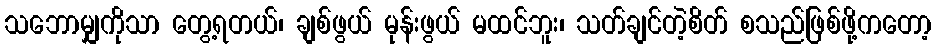
သဘောမျှကိုသာ တွေ့ရတယ်၊ ချစ်ဖွယ် မုန်းဖွယ် မထင်ဘူး၊ သတ်ချင်တဲ့စိတ် စသည်ဖြစ်ဖို့ကတော့